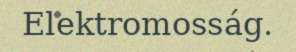
Elektromosság.